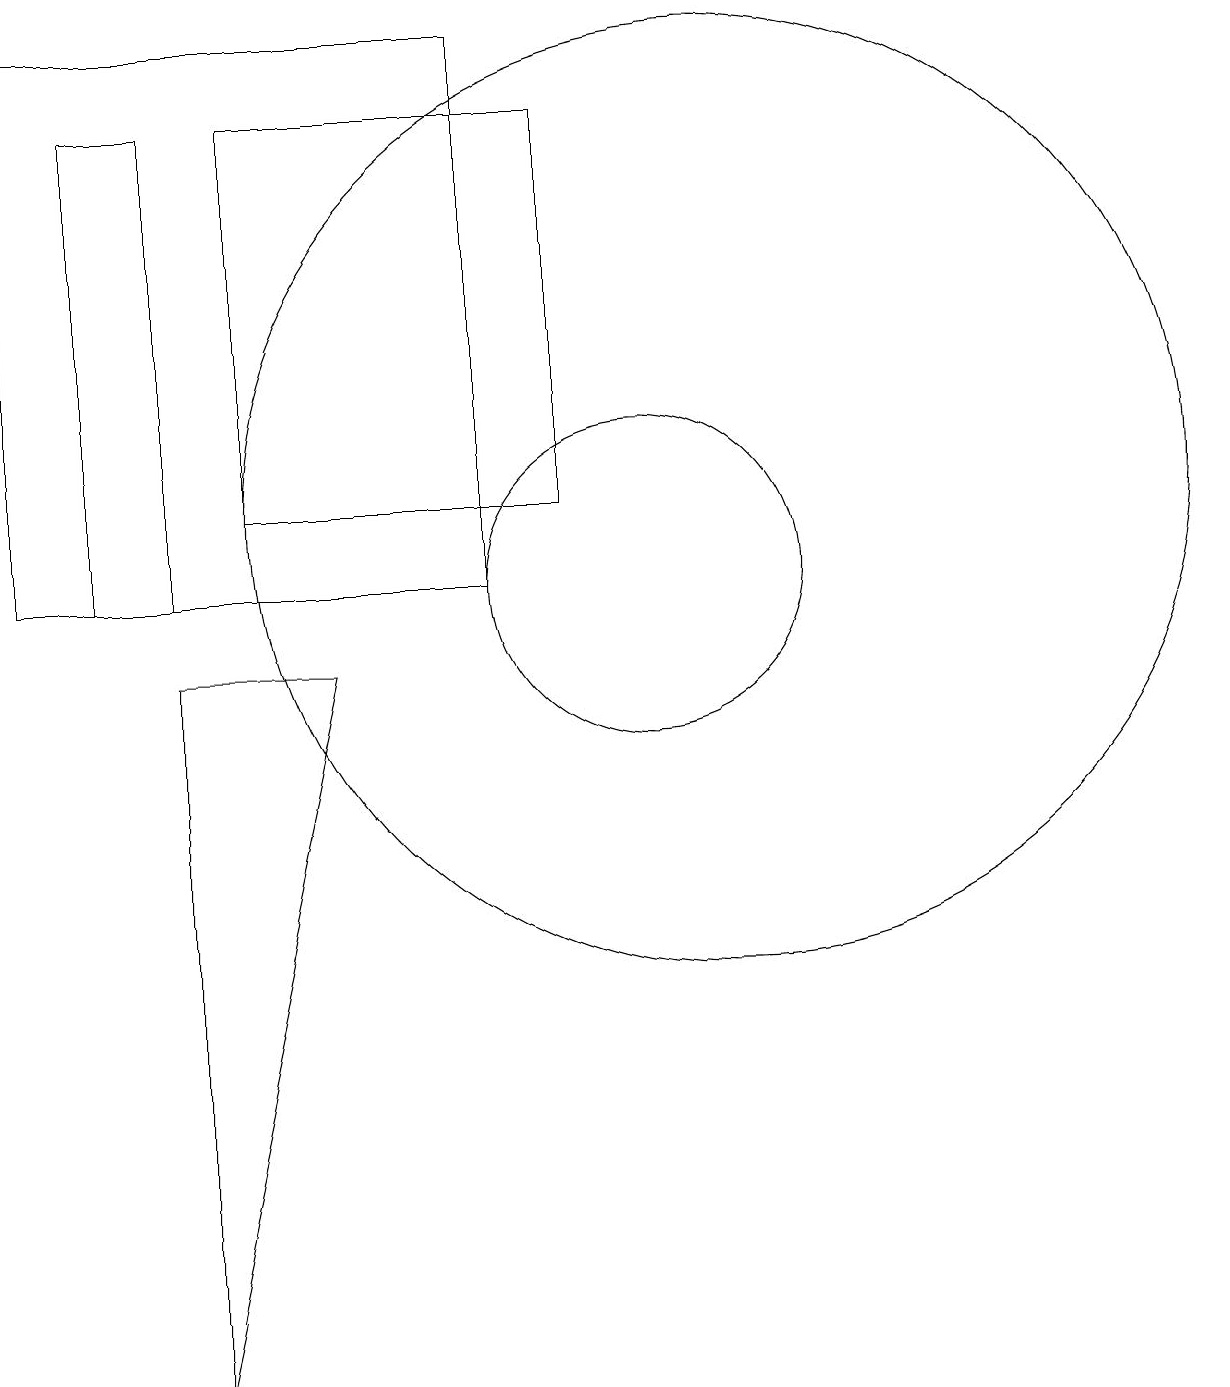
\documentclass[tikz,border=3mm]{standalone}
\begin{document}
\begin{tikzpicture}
\draw (4,16) rectangle (3,10);
\draw (10,10) circle (2);
\draw (5,16) rectangle (9,11);
\draw (4,0) -- (6,9) -- (4,9) -- cycle;
\draw (8,17) rectangle (2,10);
\draw (11,11) circle (6);
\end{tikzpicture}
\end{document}